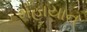
મહાયાન